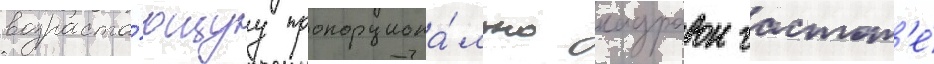
возраста́ющуу пропорциона́льно кадровои частот'е́